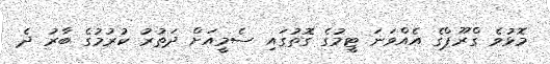
މޮޅުވެ ގްރޫޕްގެ އެއްވަނަ ޓީމުގެ ގޮތުގައި ސެމީއަށް ދަތުރު ކުރުމުގެ ބާރު ދެ